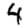
Digit: 4